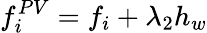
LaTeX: f_{i}^{PV}=f_{i}+\lambda_{2}h_{w}